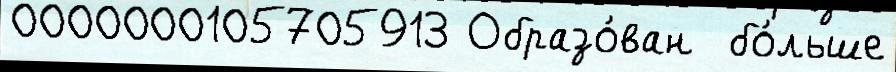
0000000105705913 Образо́ван  бо́льше